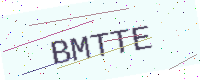
Text: BMTTE